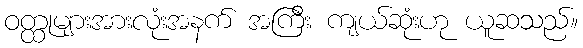
ဝတ္ထုများအားလုံးအနက် အကြီး ကျယ်ဆုံးဟု ယူဆသည်။